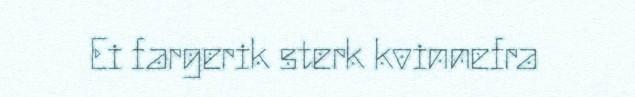
Ei fargerik sterk kvinnefra